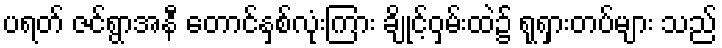
ပရတ် ဇင်ရွာအနီ တောင်နှစ်လုံးကြား ချိုင့်ဝှမ်းထဲ၌ ရုရှားတပ်များ သည်